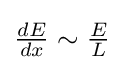
{\textstyle {\frac {dE}{dx}}\sim {\frac {E}{L}}}